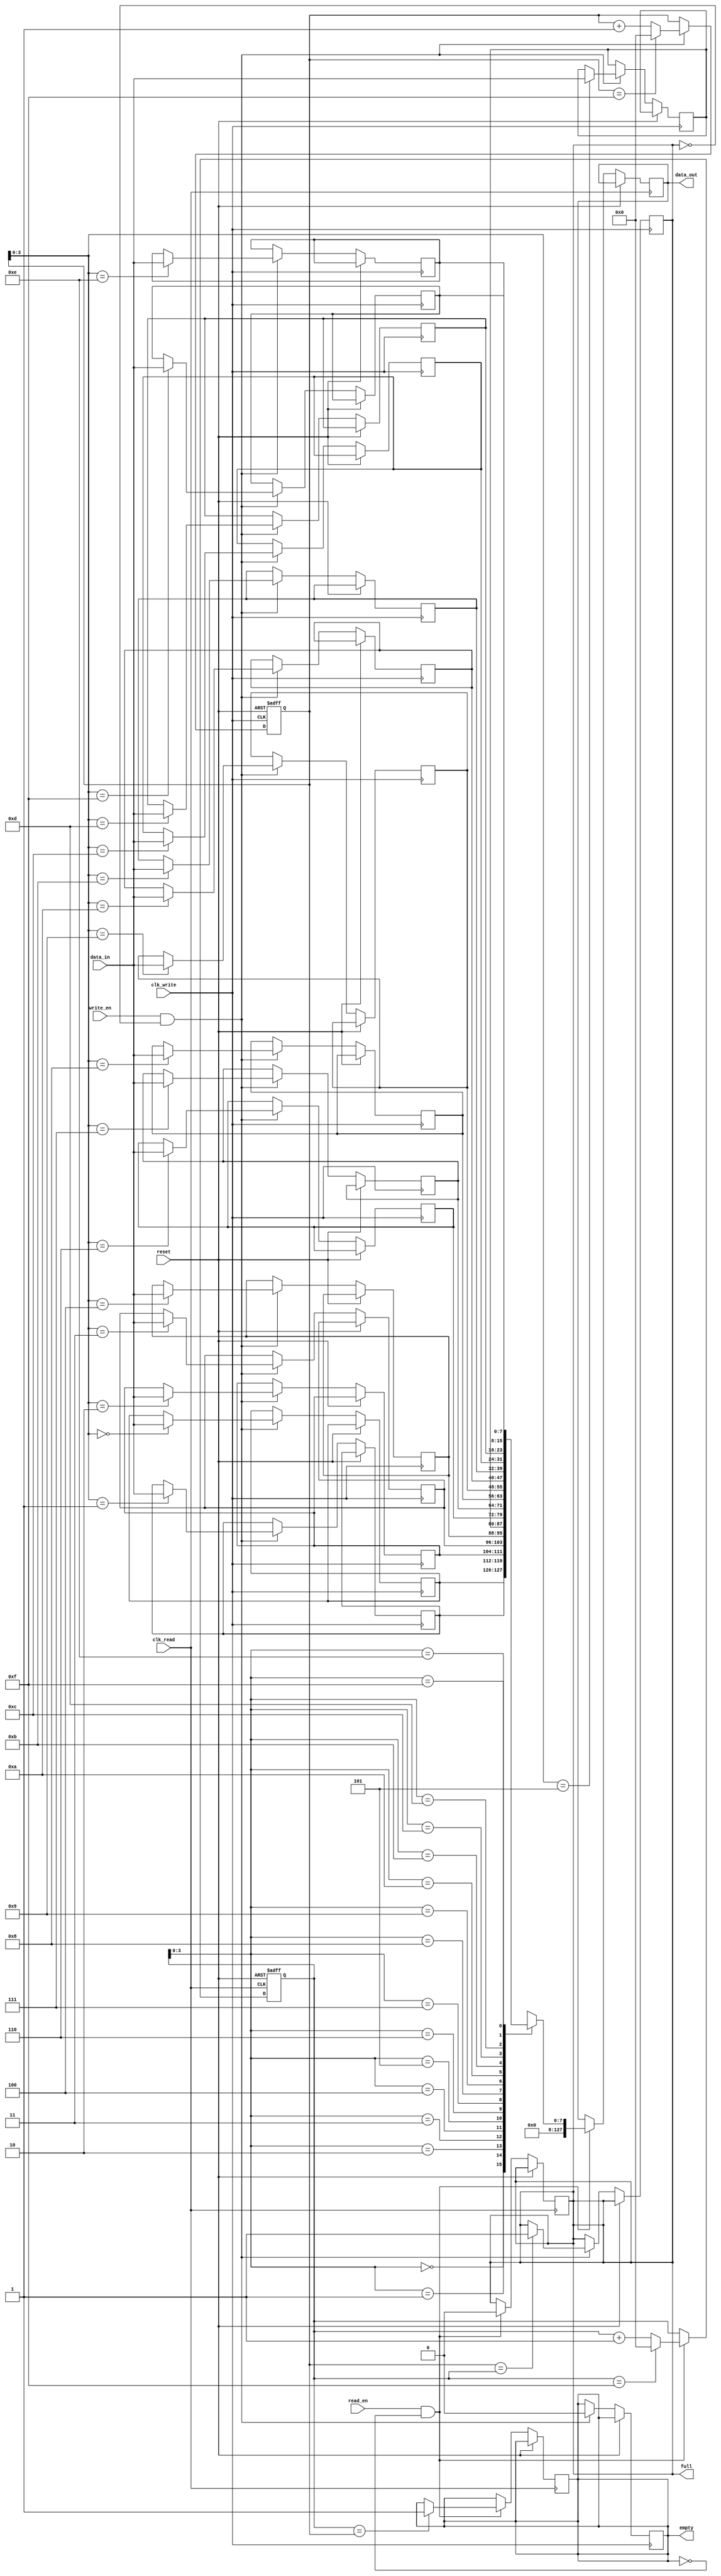
module synchronous_fifo (
    input wire clk_write, // Write clock
    input wire clk_read, // Read clock
    input wire reset, // Asynchronous reset
    input wire write_en, // Write enable
    input wire read_en, // Read enable
    input wire [DATA_WIDTH-1:0] data_in, // Data input
    output reg [DATA_DEPTH*DATA_WIDTH-1:0] data_out, // Data output
    output reg full, // Full flag
    output reg empty // Empty flag
);

parameter DATA_WIDTH = 8; // Data width
parameter DATA_DEPTH = 16; // FIFO depth

reg [DATA_DEPTH-1:0] write_ptr;
reg [DATA_DEPTH-1:0] read_ptr;
reg [DATA_WIDTH-1:0] fifo[0:DATA_DEPTH-1];

initial begin
    write_ptr = 0;
    read_ptr = 0;
    full = 0;
    empty = 1;
end

always @(posedge clk_write or posedge reset) begin
    if (reset) begin
        write_ptr <= 0;
    end else if (write_en && ~full) begin
        fifo[write_ptr] <= data_in;
        write_ptr <= write_ptr + 1;
        if (write_ptr == DATA_DEPTH-1) begin
            write_ptr <= 0;
        end
        if (write_ptr == read_ptr) begin
            full <= 1;
        end
        empty <= 0;
    end
end

always @(posedge clk_read or posedge reset) begin
    if (reset) begin
        read_ptr <= 0;
    end else if (read_en && ~empty) begin
        data_out <= fifo[read_ptr];
        read_ptr <= read_ptr + 1;
        if (read_ptr == DATA_DEPTH-1) begin
            read_ptr <= 0;
        end
        if (read_ptr == write_ptr) begin
            empty <= 1;
        end
        full <= 0;
    end
end

endmodule